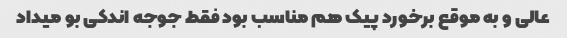
عالی و به موقع برخورد پیک هم مناسب بود فقط جوجه اندکی بو میداد